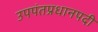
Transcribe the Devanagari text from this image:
उपपंतप्रधानपदी